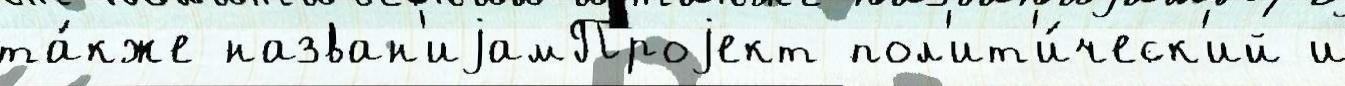
та́кже назван'иjамПроjект пол'ит'и́ческ'ий и